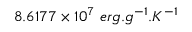
8 . 6 1 7 7 \times 1 0 ^ { 7 } \ e r g . g ^ { - 1 } . K ^ { - 1 }